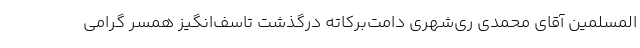
المسلمین آقای محمّدی ری‌شهری دامت‌برکاته درگذشت تاسف‌انگیز همسر گرامی